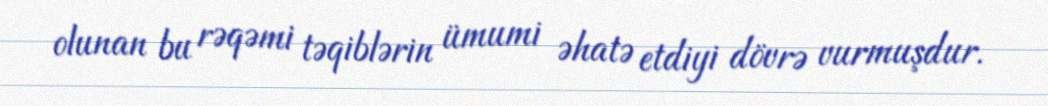
olunan bu rəqəmi təqiblərin ümumi əhatə etdiyi dövrə vurmuşdur.